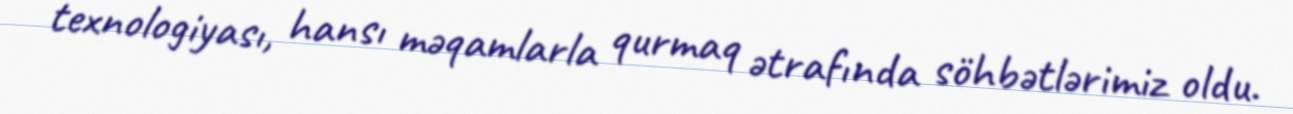
texnologiyası, hansı məqamlarla qurmaq ətrafında söhbətlərimiz oldu.